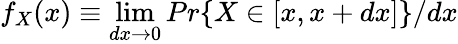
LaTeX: f_{X}(x)\equiv\operatorname*{lim}_{dx\to 0}Pr\{ X\in[x,x+dx]\} /dx